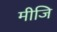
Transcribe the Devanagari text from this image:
मीजि